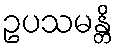
ဥပသမန္တိ